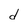
Character: d